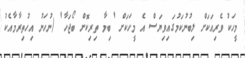
މީހަކު ވެރިއަކަށް ލިބުނުކަމުގައިވިޔަސް އެ މީހަކަށް 'ބިމާ ތިރިކޮށް ބޯޖަހާ' (ނުހަނު އިހުތިރާމާއެކު